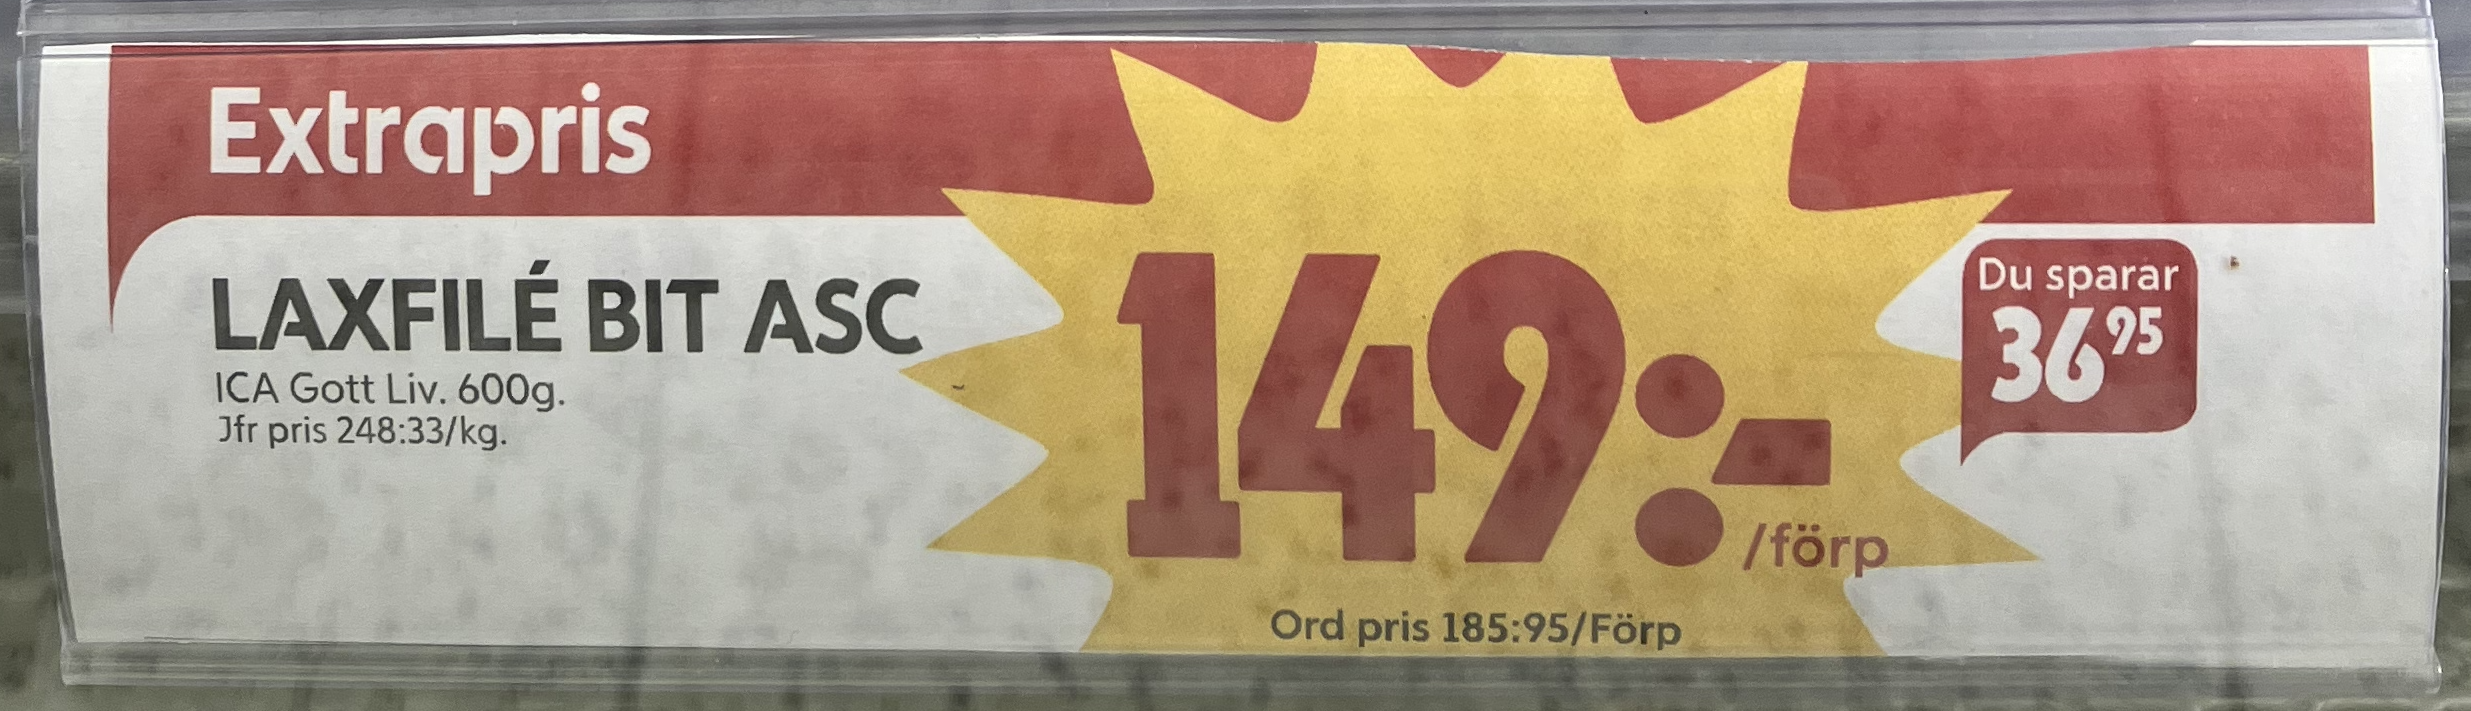
Vara: Laxfilé Bit Asc
Genomsnittspris: 248.33 per kg